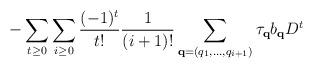
LaTeX: \begin{align*}- \sum_{t \ge 0} \sum_{i \ge 0} \frac{(-1)^t}{t!} \frac{1}{(i+1)!} \sum_{\bold{q} = (q_1,\ldots,q_{i+1})} \tau_{\bold{q}} b_{\bold{q}} D^{t}\end{align*}